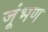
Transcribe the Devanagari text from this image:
जूंभण